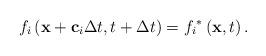
LaTeX: \begin{align*}{f_i}\left( {{\bf{x}} + {{\bf{c}}_i}\Delta t,t + \Delta t} \right) = {f_i}^*\left( {{\bf{x}},t} \right).\end{align*}